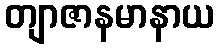
တျာဇာနမာနာယ